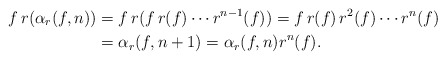
\begin{align*}f \, r(\alpha_r(f,n)) &= f \, r(f \, r(f) \cdots r^{n-1}(f)) = f \, r(f) \, r^2(f) \cdots r^{n}(f) \\ &= \alpha_r(f,n+1) = \alpha_r(f,n) r^n(f).\end{align*}